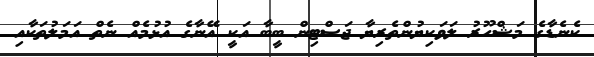
ކެނެޑާގެ މަޝްހޫރު ލަވަކިޔުންތެރިޔާ ޖަސްޓިން ބީބާ އަކީ އޭނާގެ އުޅުމެއް ނެތް އަމަލުތަކާއި